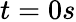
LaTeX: t=0s